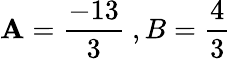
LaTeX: \mathbf{A}={\frac{{-13}}{{3}}}\ ,B={\frac{{4}}{{3}}}